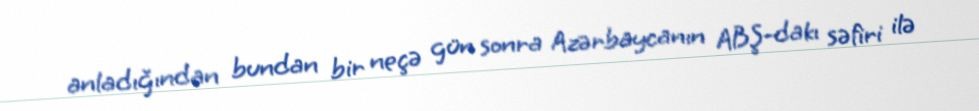
anladığından bundan bir neçə gün sonra Azərbaycanın ABŞ-dakı səfiri ilə